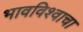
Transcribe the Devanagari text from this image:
भावविश्वाचा